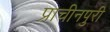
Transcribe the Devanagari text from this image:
प्राचीनपुरी